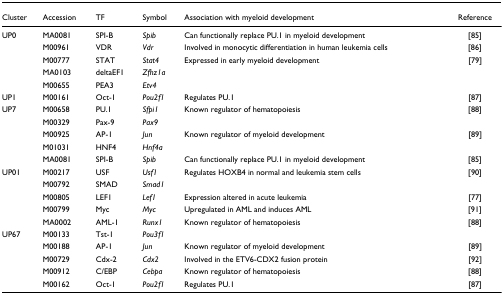
| Cluster | Accession | TF | Symbol | Association with myeloid development | Reference |
 | --- | --- | --- | --- | --- | --- |
 | UP0 | MA0081 | SPI-B | Spib | Can functionally replace PU.1 in myeloid development | [85] |
 |  | M00961 | VDR | Vdr | Involved in monocytic differentiation in human leukemia cells | [86] |
 |  | M00777 | STAT | Stat4 | Expressed in early myeloid development | [79] |
 |  | MA0103 | deltaEF1 | Zfhz1a |  |  |
 |  | M00655 | PEA3 | Etv4 |  |  |
 | UP1 | M00161 | Oct-1 | Pou2f1 | Regulates PU.1 | [87] |
 | UP7 | M00658 | PU.1 | Sfpi1 | Known regulator of hematopoiesis | [88] |
 |  | M00329 | Pax-9 | Pax9 |  |  |
 |  | M00925 | AP-1 | Jun | Known regulator of myeloid development | [89] |
 |  | M01031 | HNF4 | Hnf4a |  |  |
 |  | MA0081 | SPI-B | Spib | Can functionally replace PU.1 in myeloid development | [85] |
 | UP01 | M00217 | USF | Usf1 | Regulates HOXB4 in normal and leukemia stem cells | [90] |
 |  | M00792 | SMAD | Smad1 |  |  |
 |  | M00805 | LEF1 | Lef1 | Expression altered in acute leukemia | [77] |
 |  | M00799 | Myc | Myc | Upregulated in AML and induces AML | [91] |
 |  | MA0002 | AML-1 | Runx1 | Known regulator of hematopoiesis | [88] |
 | UP67 | M00133 | Tst-1 | Pou3f1 |  |  |
 |  | M00188 | AP-1 | Jun | Known regulator of myeloid development | [89] |
 |  | M00729 | Cdx-2 | Cdx2 | Involved in the ETV6-CDX2 fusion protein | [92] |
 |  | M00912 | C/EBP | Cebpa | Known regulator of hematopoiesis | [88] |
 |  | M00162 | Oct-1 | Pou2f1 | Regulates PU.1 | [87] |